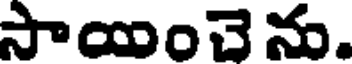
సాయించెను.